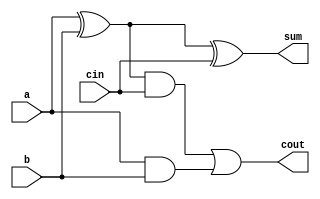
module FullAdder (a, b, cin, sum, cout);
input a, b, cin;
output sum, cout;
	assign sum = a ^ b ^ cin;
	assign cout  = ((a^b)&cin) | (a&b);	// carry = (a xor b)cin + ab
endmodule